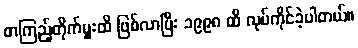
စာကြည့်တိုက်မှူးထိ ဖြစ်လာပြီး ၁၉၉၈ ထိ လုပ်ကိုင်ခဲ့ပါတယ်။